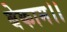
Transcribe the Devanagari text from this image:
बेकाम।।